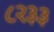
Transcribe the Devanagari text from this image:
८२३३